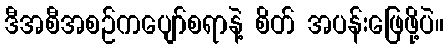
ဒီအစီအစဉ်ကပျော်စရာနဲ့ စိတ် အပန်းဖြေဖို့ပဲ။